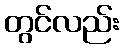
တွင်လည်း